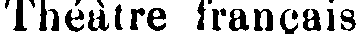
Théàtre français.